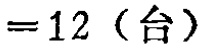
$=12 \text{（台）}$